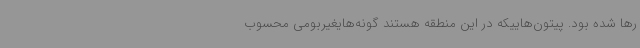
رها شده بود. پیتون‌هاییکه در این منطقه هستند گونه‌هایغیربومی محسوب